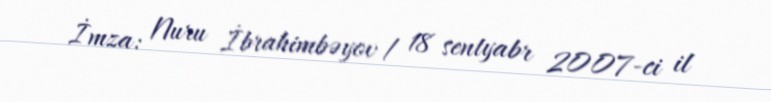
İmza: Nuru İbrahimbəyov / 18 sentyabr 2007-ci il